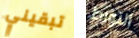
تبقيني التورط